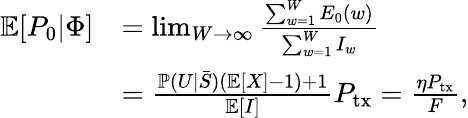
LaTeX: \begin{array}{rl}{\mathbb{E}[P_{0}\vert\Phi]}&{=\operatorname*{lim}_{W\to\infty}\frac{\sum_{w=1}^{W}E_{0}(w)}{\sum_{w=1}^{W}I_{w}}}\\ &{=\frac{\mathbb{P}(U\vert\bar{S})(\mathbb{E}[X]-1)+1}{\mathbb{E}[I]}P_{\mathrm{tx}}=\frac{\eta P_{\mathrm{tx}}}{F},}\end{array}